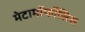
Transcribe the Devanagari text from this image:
मेटामॉर्फोसिस